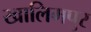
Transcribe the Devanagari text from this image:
खालिमपुर